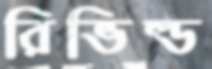
রিভিল্ড